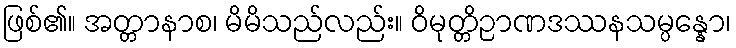
ဖြစ်၏။ အတ္တာနာစ၊ မိမိသည်လည်း။ ဝိမုတ္တိဉာဏဒဿနသမ္ပန္နော၊